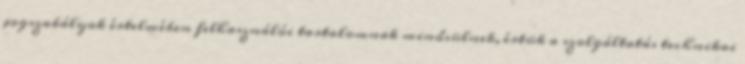
jogszabályok értelmében felhasználói tartalomnak minősülnek, értük a szolgáltatás technikai